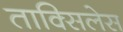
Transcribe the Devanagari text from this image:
ताक्सिलेस